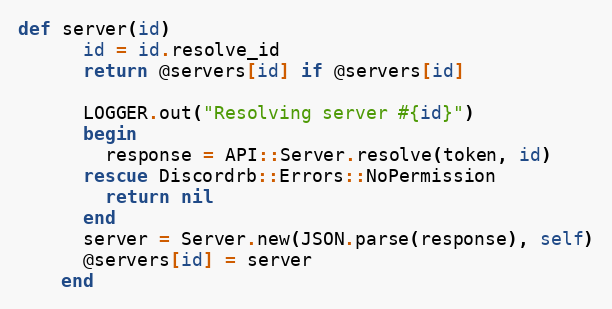
Language: Ruby
def server(id)
      id = id.resolve_id
      return @servers[id] if @servers[id]

      LOGGER.out("Resolving server #{id}")
      begin
        response = API::Server.resolve(token, id)
      rescue Discordrb::Errors::NoPermission
        return nil
      end
      server = Server.new(JSON.parse(response), self)
      @servers[id] = server
    end